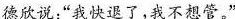
德欣说:“我快退了，我不想管。"